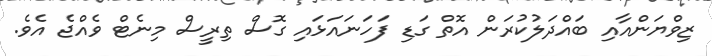
ޒިވްޔަންއާއި ބައްދަލުކުރަން އޮތް ގަޑި ފަހަނައަޅައި ގޮސް ތިރީސް މިނެޓް ވެއްޖެ އެވެ.